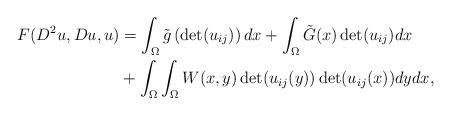
LaTeX: \begin{align*}F(D^{2}u,Du,u) & =\int_\Omega \tilde{g}\left( \det(u_{ij})\right) dx+\int_\Omega \Tilde{G}(x)\det(u_{ij})dx\\& +\int_\Omega\int_\Omega W(x,y)\det(u_{ij}(y))\det(u_{ij}(x))dydx,\end{align*}